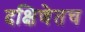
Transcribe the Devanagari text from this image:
दक्षिणेतच